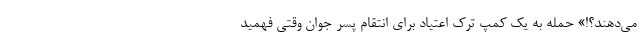
می‌دهند؟!» حمله به یک کمپ ترک اعتیاد برای انتقام پسر جوان وقتی فهمید